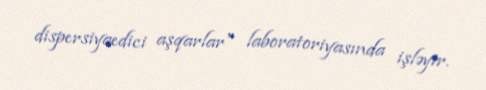
dispersiyaedici aşqarlar" laboratoriyasında işləyir.